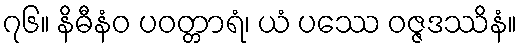
၇၆။ နိဓီနံဝ ပဝတ္တာရံ၊ ယံ ပဿေ ဝဇ္ဇဒဿိနံ။